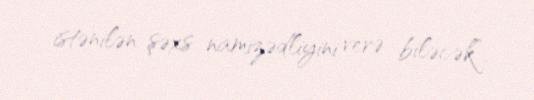
istənilən şəxs namizədliyini verə biləcək”.